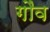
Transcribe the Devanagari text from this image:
गौंव